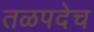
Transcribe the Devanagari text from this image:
तळपदेच